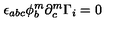
\epsilon _ { a b c } \phi _ { b } ^ { m } \partial _ { c } ^ { m } \Gamma _ { i } = 0